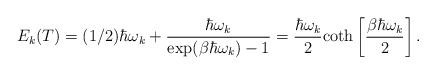
LaTeX: \begin{align*}E_k (T) = (1/2)\hbar \omega_k + \frac{\hbar \omega_k}{\exp(\beta \hbar \omega_k) - 1} = \frac{\hbar \omega_k}{2}{\rm coth}\left[\frac{\beta \hbar \omega_k}{2}\right].\end{align*}